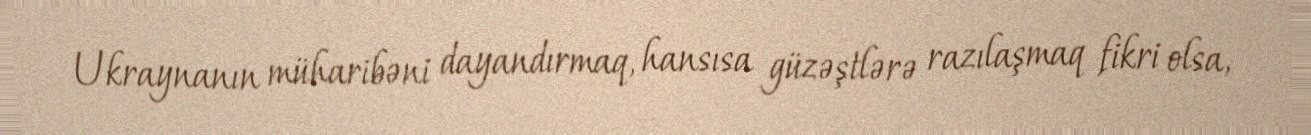
Ukraynanın müharibəni dayandırmaq, hansısa güzəştlərə razılaşmaq fikri olsa,